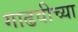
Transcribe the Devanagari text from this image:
गाढवीच्या